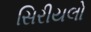
સિરીયલો